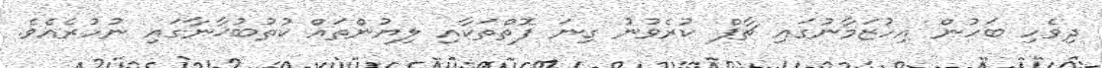
ދިވެހި ބަހުން އިހުޒަމާނުގައި ޗާޕް ކުރެވުނު ގިނަ ފޮތްތަކާއި ލިޔުންތައް ކުތުބުޚާނާގައި ނުހުރެއެވެ.